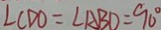
\angle C D O = \angle A B D = 9 0 ^ { \circ }